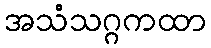
အသံသဂ္ဂကထာ